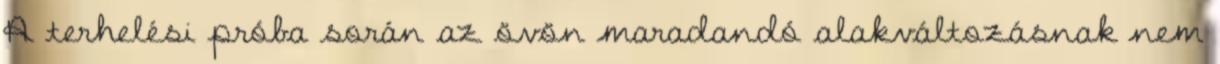
A terhelési próba során az övön maradandó alakváltozásnak nem